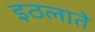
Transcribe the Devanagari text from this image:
इठलाते